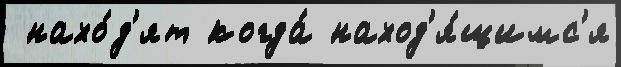
 нахо́д'ят когда́ наход'я́щимс'я